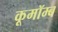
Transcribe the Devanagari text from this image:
कूमॉम्ब